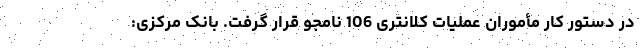
در دستور کار مأموران عملیات کلانتری 106 نامجو قرار گرفت. بانک مرکزی: